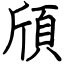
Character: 頎